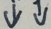
\downarrow \downarrow